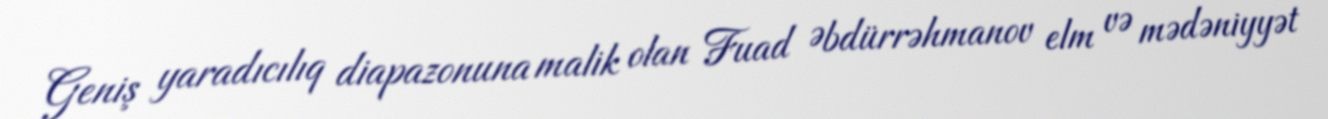
Geniş yaradıcılıq diapazonuna malik olan Fuad Əbdürrəhmanov elm və mədəniyyət